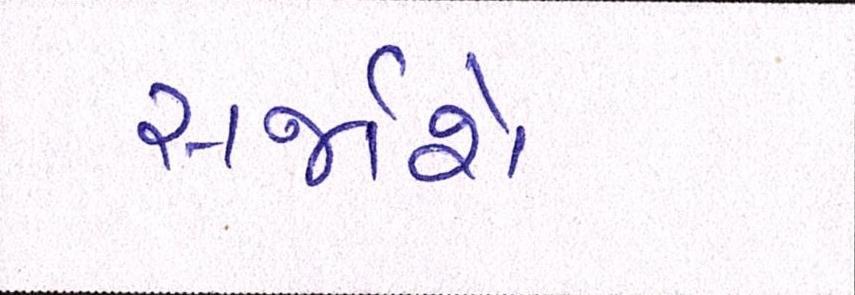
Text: સર્જાશે